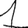
Digit: 1